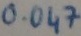
Text: 0.047